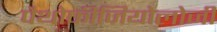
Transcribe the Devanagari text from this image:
पैथोफीजियोलोजी